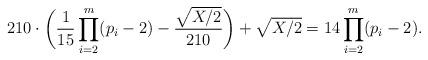
LaTeX: \begin{align*}210\cdot\biggl(\frac{1}{15}\prod_{i=2}^{m}(p_i-2)-\frac{\sqrt{X/2}}{210}\biggr)+\sqrt{X/2}=14\prod_{i=2}^{m}(p_i-2).\end{align*}